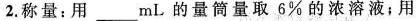
2.称量：用_____mL的量筒量取6%的浓溶液；用